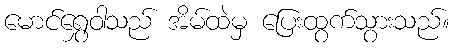
မောင်ရွှေဝါသည် အိမ်ထဲမှ ပြေးထွက်သွားသည်။